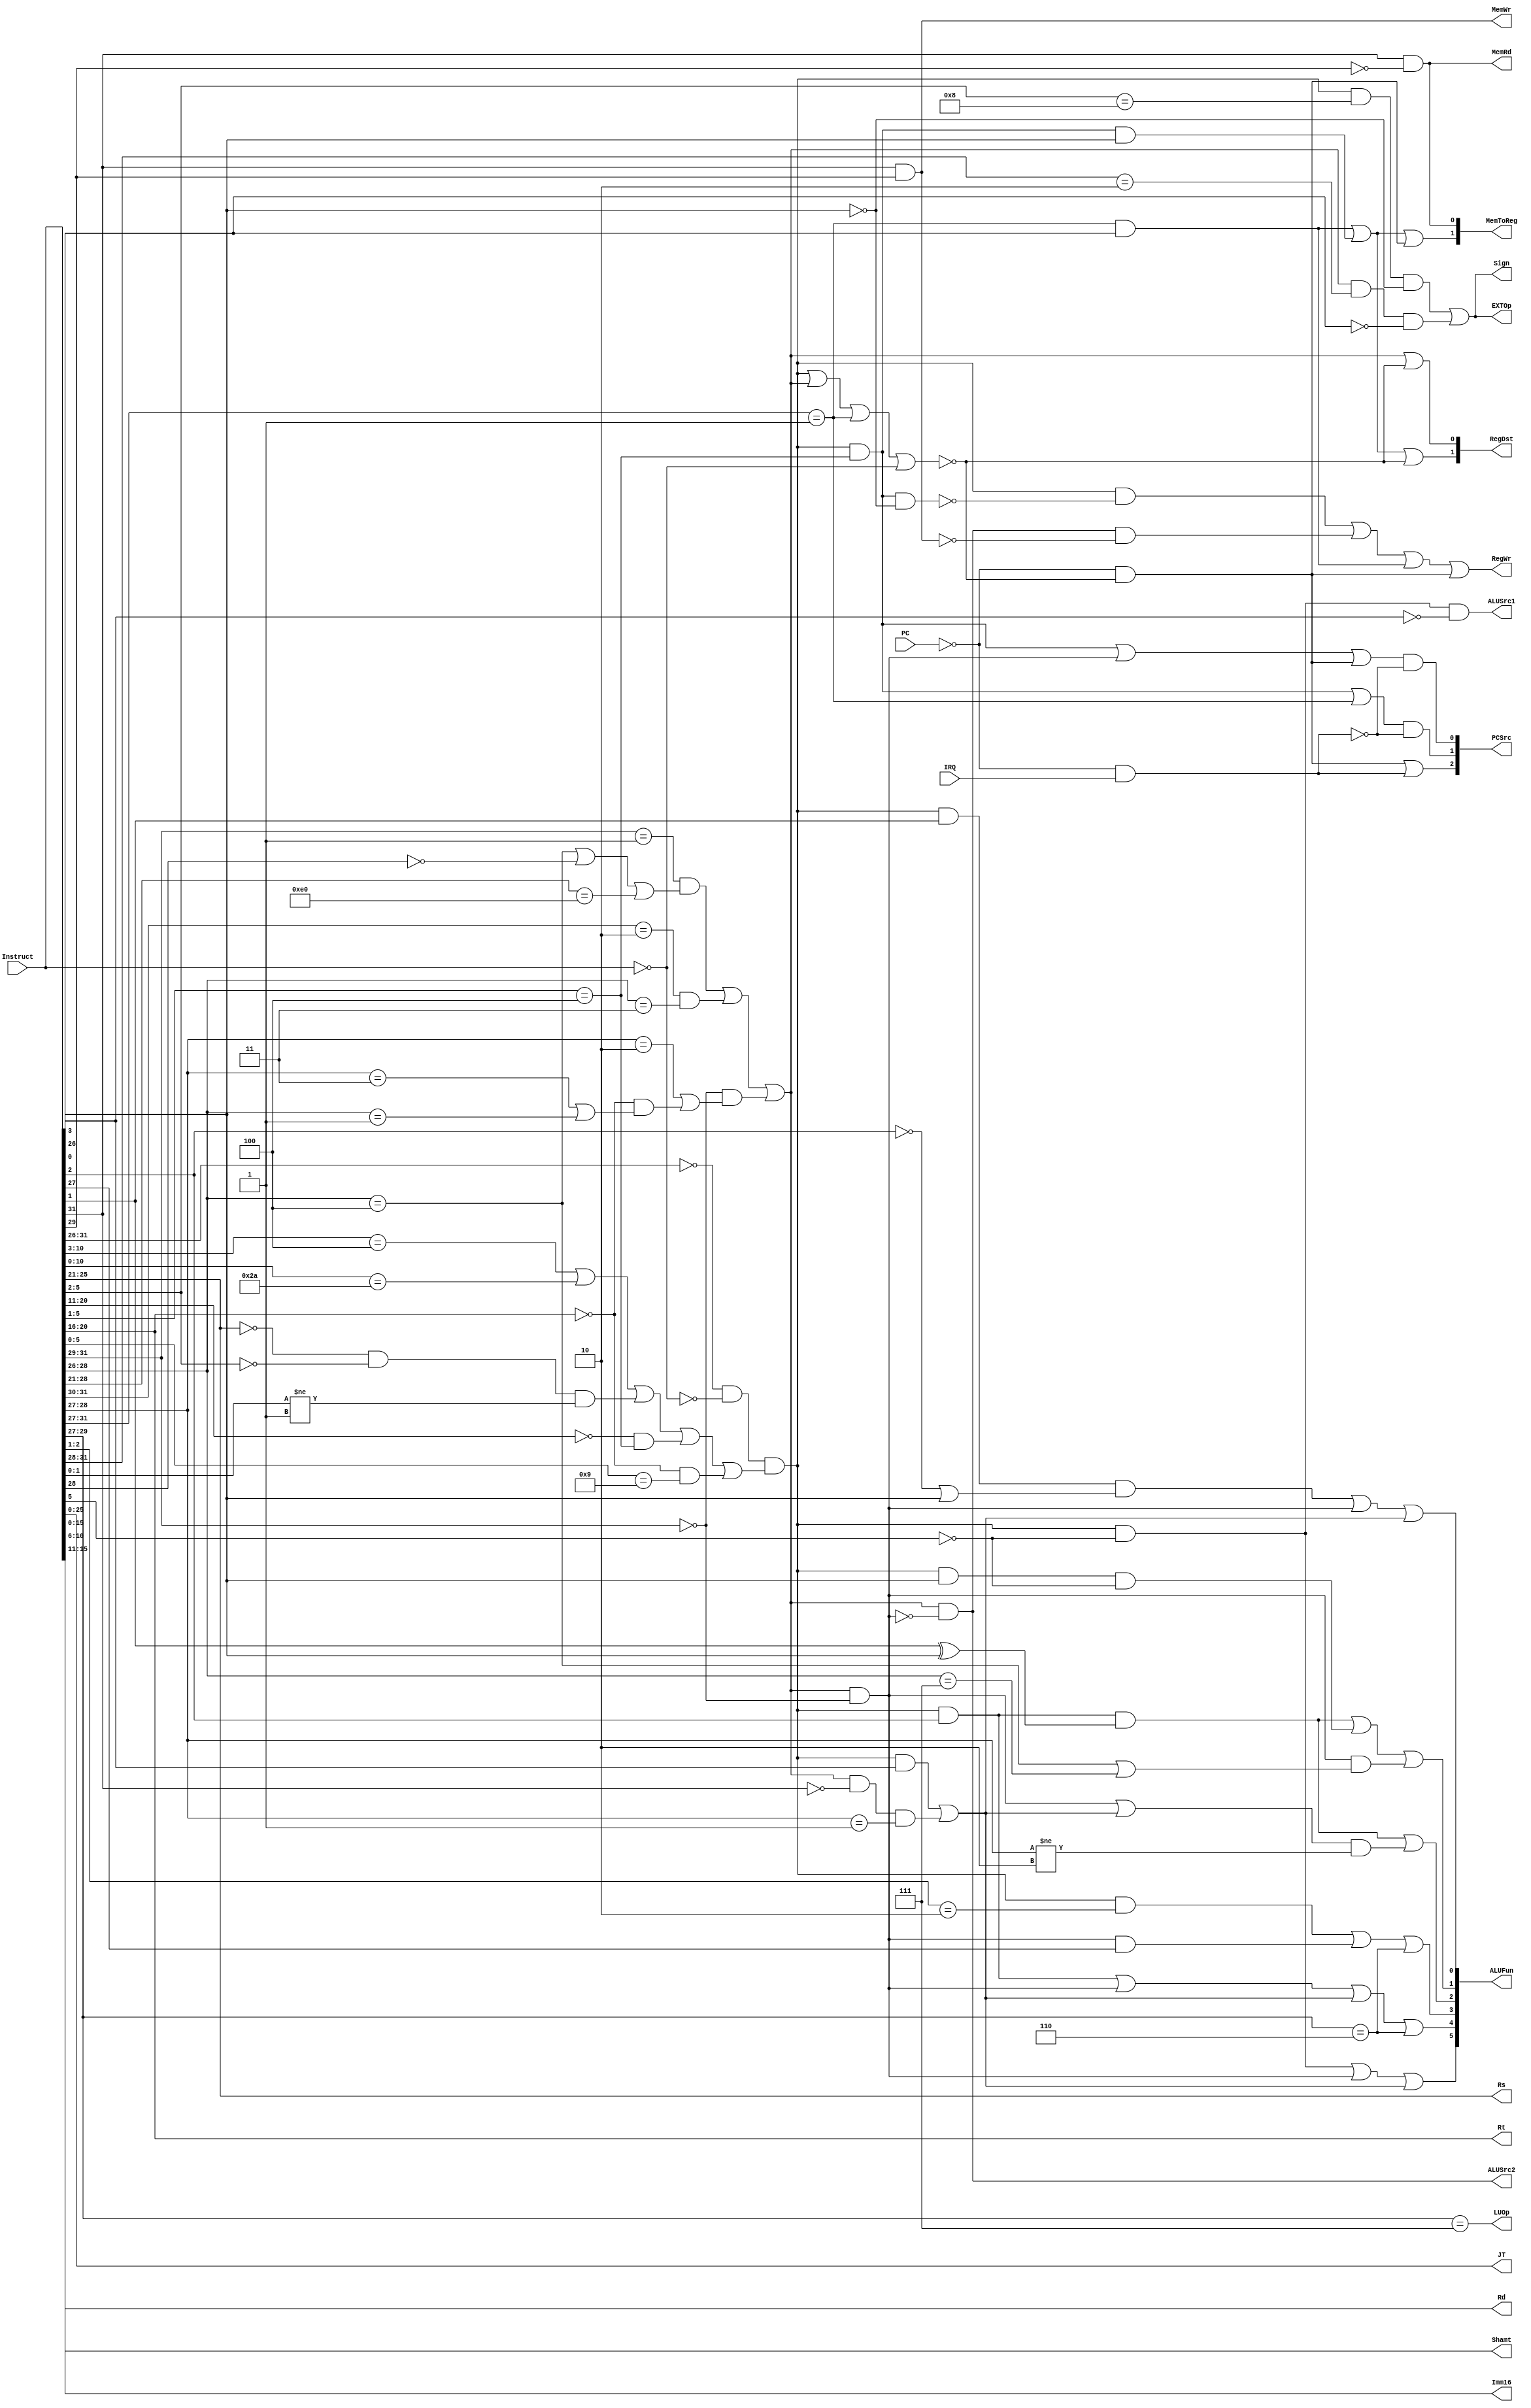
module CPU_Control(Instruct,PC,IRQ,JT,Imm16,Shamt,Rd,Rt,Rs,
                   PCSrc,RegDst,RegWr,ALUSrc1,ALUSrc2,ALUFun,
                   Sign,MemWr,MemRd,MemToReg,EXTOp,LUOp);
  
  input[31:0] Instruct;
  input PC,IRQ;  //PC[31]
  output[25:0] JT;
  output[15:0] Imm16;
  output[4:0] Shamt, Rd, Rt, Rs;
  output[2:0] PCSrc;
  output[1:0] RegDst, MemToReg;
  output[5:0] ALUFun;
  output RegWr,ALUSrc1,ALUSrc2,Sign,MemWr,MemRd,EXTOp,LUOp;
  wire[5:0] Op, Funct;
  wire R,I,J,JR,nop,true;
  wire ILLOP,XADR;
  wire branch_eq, branch_slt;

  //domain
  assign Op=Instruct[31:26];    //R_Type,I_Type,J_Type
  assign Rs=Instruct[25:21];    //R_Type,I_Type
  assign Rt=Instruct[20:16];    //R_Type,I_Type
  assign Rd=Instruct[15:11];    //R_Type
  assign Shamt=Instruct[10:6];  //R_Type
  assign Funct=Instruct[5:0];   //R_Type
  assign Imm16=Instruct[15:0];  //I_type
  assign JT=Instruct[25:0];     //J_Type
  
  assign R=(Instruct[31:26]==6'b000000)&~nop&((Instruct[10:3]==8'b00000100)| //add,addu,sub,subu,and,or,xor,nor 
         (Instruct[10:0]==11'b00000101010)|  //slt
				 ((Instruct[25:21]==5'b00000)&(Instruct[5:2]==4'b0000)&(Instruct[1:0]!=2'b01))| //sll,srl,sra
				 ((Instruct[20:11]==10'b00_0000_0000)&(Instruct[5:1]==5'b00100))| //jr
				 ((Instruct[20:16]==5'b00000)&(Instruct[5:0]==6'b001001)));  //jalr
  assign I=((Instruct[31:29]==3'b001)&((Instruct[28:26]==3'b100)|~Instruct[28]|(Instruct[28:21]==8'b11100000)))|  //addi,addiu,andi,lui,slti,sltiu
			     ((Instruct[31:30]==2'b10)&(Instruct[28:26]==3'b011))|  //lw,sw
			     ((Instruct[31:29]==3'b000)&((Instruct[28:27]==2'b10)|  //beq,bne
			      ((Instruct[20:16]==5'b00000)&((Instruct[28:27]==2'b11)|(Instruct[28:26]==3'b001)))));//blez,bgtz,bltz
	assign J=(Instruct[31:27]==5'b00001);  //j,jal
	assign JR=R&(Instruct[5:1]==5'b00100); //jr, jalr
	assign nop=(Instruct==32'b0);  //nop
	
  assign branch_eq=I&(Instruct[31:29]==3'b000);  //beq,bne,blez,bgtz,bltz
  assign branch_slt=(R&Instruct[3])|(I&~Instruct[31]&(Instruct[28:27]==2'b01));  //slt,slti,sltiu
  assign true=R|I|J|nop;      // 
  assign ILLOP=~PC&IRQ;       // 
  assign XADR=~PC&~true;      // 
   
  //Instruct
  // PCPCSrc, 0,1,2,3,4PC
  assign PCSrc[0]=(JR|branch_eq|XADR)&~ILLOP;
  assign PCSrc[1]=(JR|J)&~ILLOP;
  assign PCSrc[2]=XADR|ILLOP;
  // RegDst:00->R; 01->I; 10:J/JALR; 11->X;
  assign RegDst[0]=I|~true;
  assign RegDst[1]=(J&Op[0])|(JR&Funct[0])|~true;
  // RegWr: 1->
  assign RegWr=(R&~(JR&~Funct[0]))|(I&~branch_eq&~MemWr)|(J&Op[0])|XADR;
  // ALUALUSrc1: 1->shamt0; 0->Rs
  assign ALUSrc1=R&~Funct[5]&~Funct[3];  //sll,srl,sra
  // ALUALUSrc1: 1->32; 0->Rt
  assign ALUSrc2=I&~branch_eq;  
  // ALUALUfun[5:4]: 00->adder; 01->logic; 10->shift; 11->compare;
  assign ALUFun[5]=(R&~Funct[5])|branch_eq|branch_slt; //shift,compare,j               
  assign ALUFun[4]=(R&Funct[2])|branch_eq|branch_slt|(Op[3:1]==3'b110); //logic,compare
  assign ALUFun[3]=(R&(Funct[2:1]==2'b10))|(branch_eq&Op[1])|(Op[3:1]==3'b110); //and,or,bgtz,blez,andi
  assign ALUFun[2]=(R&Funct[2]&(Funct[1]^Funct[0]))|((branch_eq|branch_slt)&(Op[2:1]!=2'b10));//or,xor,bgtz,blez,bltz,slt,slti,sltiu
  assign ALUFun[1]=(R&Funct[2]&(Funct[1]^Funct[0]))|(R&Funct[0]&~Funct[5])|(branch_eq&((Op[2:0]==3'b100)|(Op[2:0]==3'b111))); //or,xor,sra,jalr,beq,bgtz
  assign ALUFun[0]=(R&Funct[1]&(~Funct[2]|Funct[0]))|branch_eq|branch_slt; //sub,subi,nor,srl,sra,slt,
                                                                           //beq,bne,blez,bgtz,bltz,slt,slti,sltiu                               
  // Sign: 1->; 0->
  assign Sign=(R&(Funct[5:2]==4'b1000)&~Funct[0])|(I&(Op[5:2]==4'b0010)&~Op[0]); //and,sub,addi,slti
  assign MemRd=Op[5]&~Op[3]; //Op==6'b100011
  assign MemWr=Op[5]&Op[3];  //Op==6'b101011
  // MemToReg: 00->ALU; 01->Load; 10: jal,jalr,X;
  assign MemToReg[0]=MemRd;  
  assign MemToReg[1]=(J&Op[0])|(JR&Funct[0])|XADR; 
  // EXTOp: 1->16; 0->0
  assign EXTOp=Sign;
  // LUOp, lui
  assign LUOp=(Op[3:1]==3'b111); //lui
endmodule